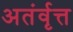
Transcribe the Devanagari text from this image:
अतंर्वृत्त